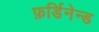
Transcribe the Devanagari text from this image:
फ़र्डिनेन्ड